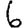
Digit: 6